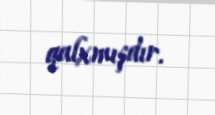
qalxmışdır.